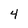
Character: 4